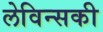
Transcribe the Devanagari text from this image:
लेविन्सकी